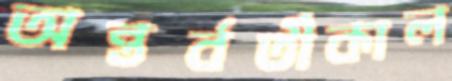
অন্তর্বর্তীকাল